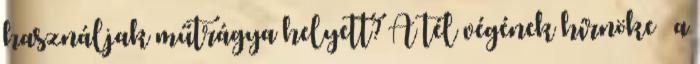
használjak műtrágya helyett? A tél végének hírnöke – a